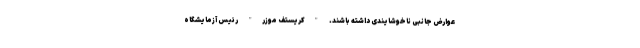
عوارض جانبی ناخوشایندی داشته باشند. "کریستف موزر" رئیس آزمایشگاه